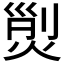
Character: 𱫝